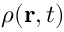
\rho ( \mathbf { r } , t )